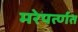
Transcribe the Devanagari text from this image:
मरेपर्त्णत